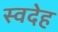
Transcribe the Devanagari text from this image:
स्वदेह